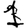
Digit: 1